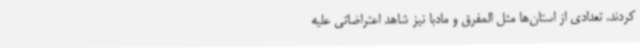
کردند. تعدادی از استان‌ها مثل المفرق و مادبا نیز شاهد اعتراضاتی علیه